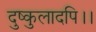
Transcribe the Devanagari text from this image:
दुष्कुलादपि।।